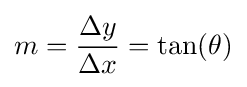
m={\frac {\Delta y}{\Delta x}}=\tan(\theta )